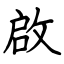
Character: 啟